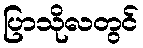
ပြာသိုလတွင်